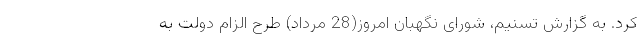
کرد. به گزارش تسنیم، شورای نگهبان امروز(28 مرداد) طرح الزام دولت به